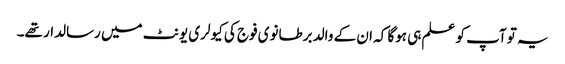
یہ تو آپ کو علم ہی ہوگا کہ ان کے والد برطانوی فوج کی کیولری یونٹ میں رسالدار تھے۔